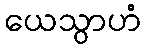
ယေသွာဟံ